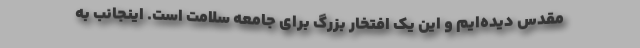
مقدس دیده‌ایم و این یک افتخار بزرگ برای جامعه سلامت است. اینجانب به